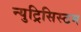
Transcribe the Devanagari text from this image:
न्युट्रिसिस्टम